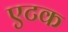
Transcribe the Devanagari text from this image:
एटक